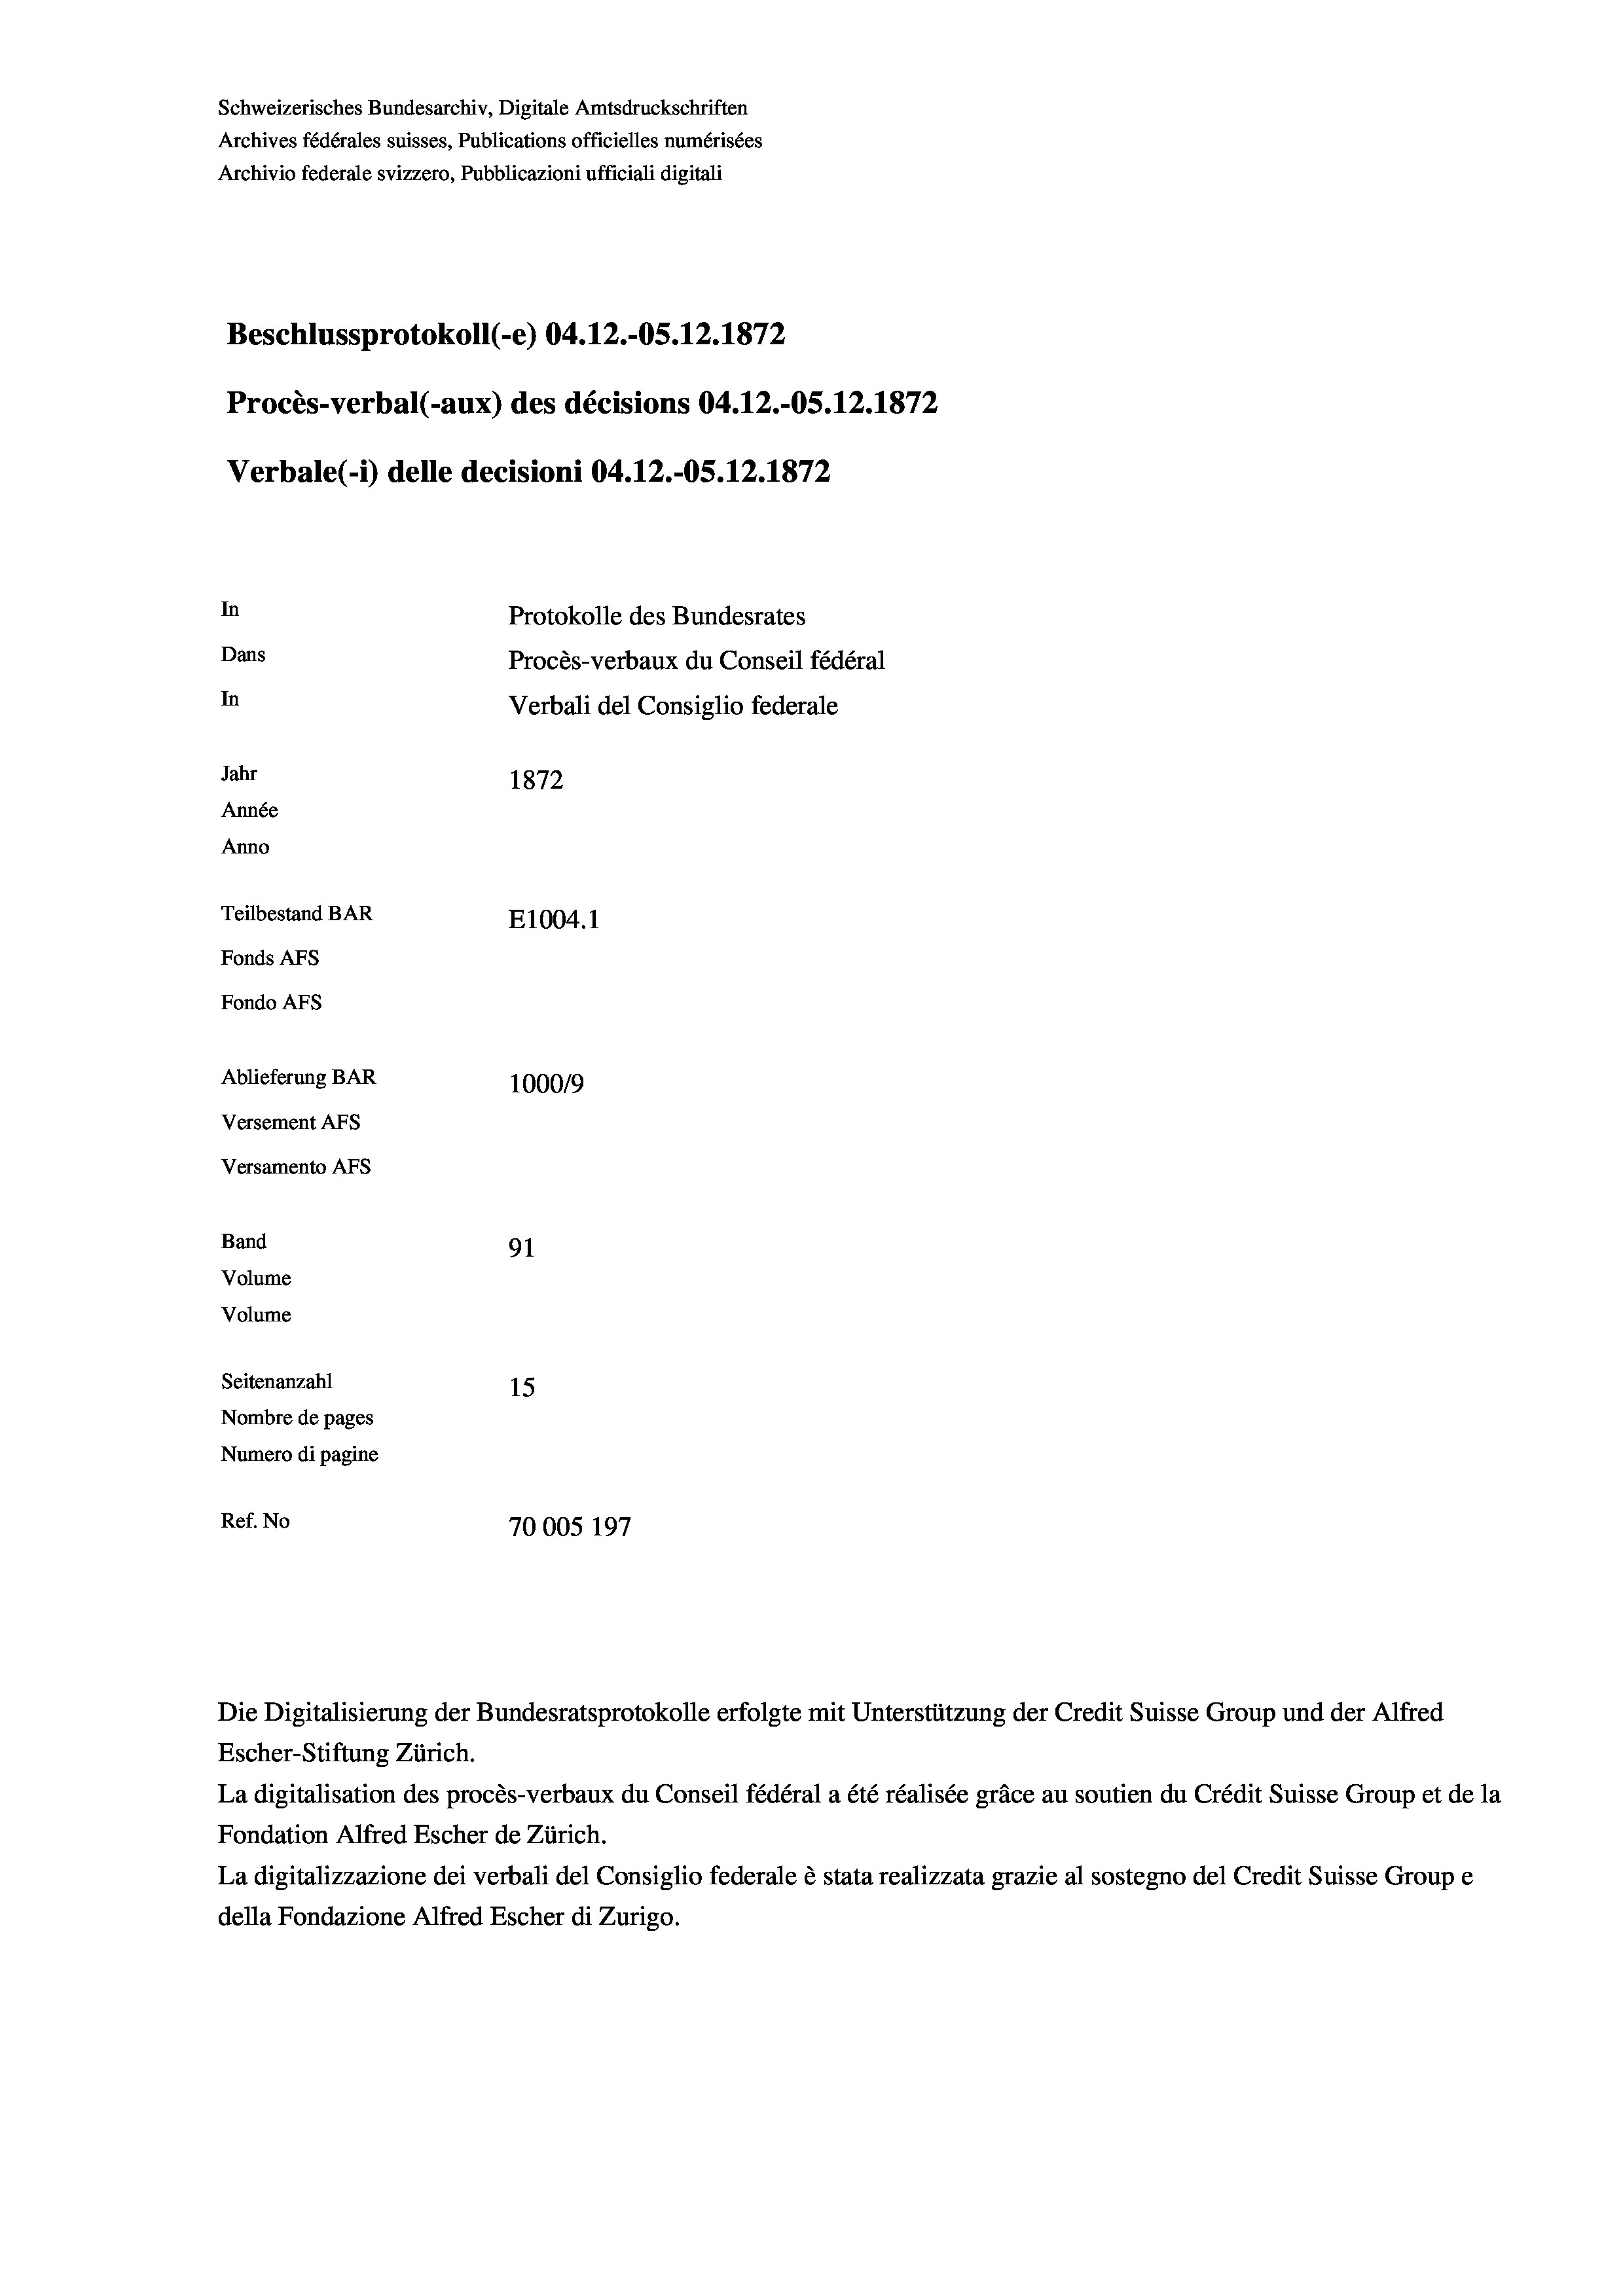
Schweizerisches Bundesarchiv, Digitale Amtsdruckschriften
Archives fédérales suisses, Publications officielles numérisées
Archivio federale svizzero, Pubblicazioni ufficiali digitali
Beschlussprotokoll (-e) 04.12.-OS.12.1872
Procès-verbal (-aux) des décisions 04.12.-OS.12.1872
Verbale (- 1) delle decisioni 04.12.-OS.12.1872
In
Protokolle des Bundesrates
Dans
Procès-verbaux du Conseil fédéral
In
Verbali del Consiglio federale
Jahr
1872
Année
Anno
Teilbestand BAR
E1004. 1
Fonds Afs
Fondo AFs
Ablieferung BAR
100019
Versement AFs
Versamento Afs
Band
91
Volume
Volume
Seitenanzahl
15
Nombre de pages
Numero di pagine
Ref. No
70005 197

Escher-Stiftung Zürich.
La digitalisation des procès-verbaux du Conseil fédéral a été réalisée gräce au soutien du Crédit Suisse Group et de la
Fondation Alfred Escher de Zürich.
La digitalizzazione dei verbali del Consiglio federale è stata realizzata grazie al sostegno del Credit Suisse Groupe
della Fondazione Alfred Escher di Zurigo.

Die Digitalisierung der Bundesratsprotokolle erfolgte mit Unterstützung der Credit Suisse Group und der Alfred